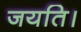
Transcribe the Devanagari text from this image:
जयति।